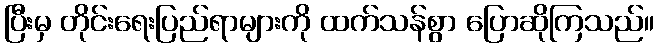
ပြီးမှ တိုင်းရေးပြည်ရာများကို ထက်သန်စွာ ပြောဆိုကြသည်။